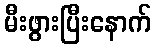
မီးဖွားပြီးနောက်